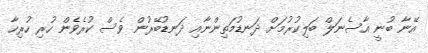
އޭނާ ބުނީ އާސެނަލް ބަލިކުރުމަށް ދަނޑުމަތިންނާއި ދަނޑުބޭރުން ވެސް ކުރެވެން ހުރި ހުރިހާ